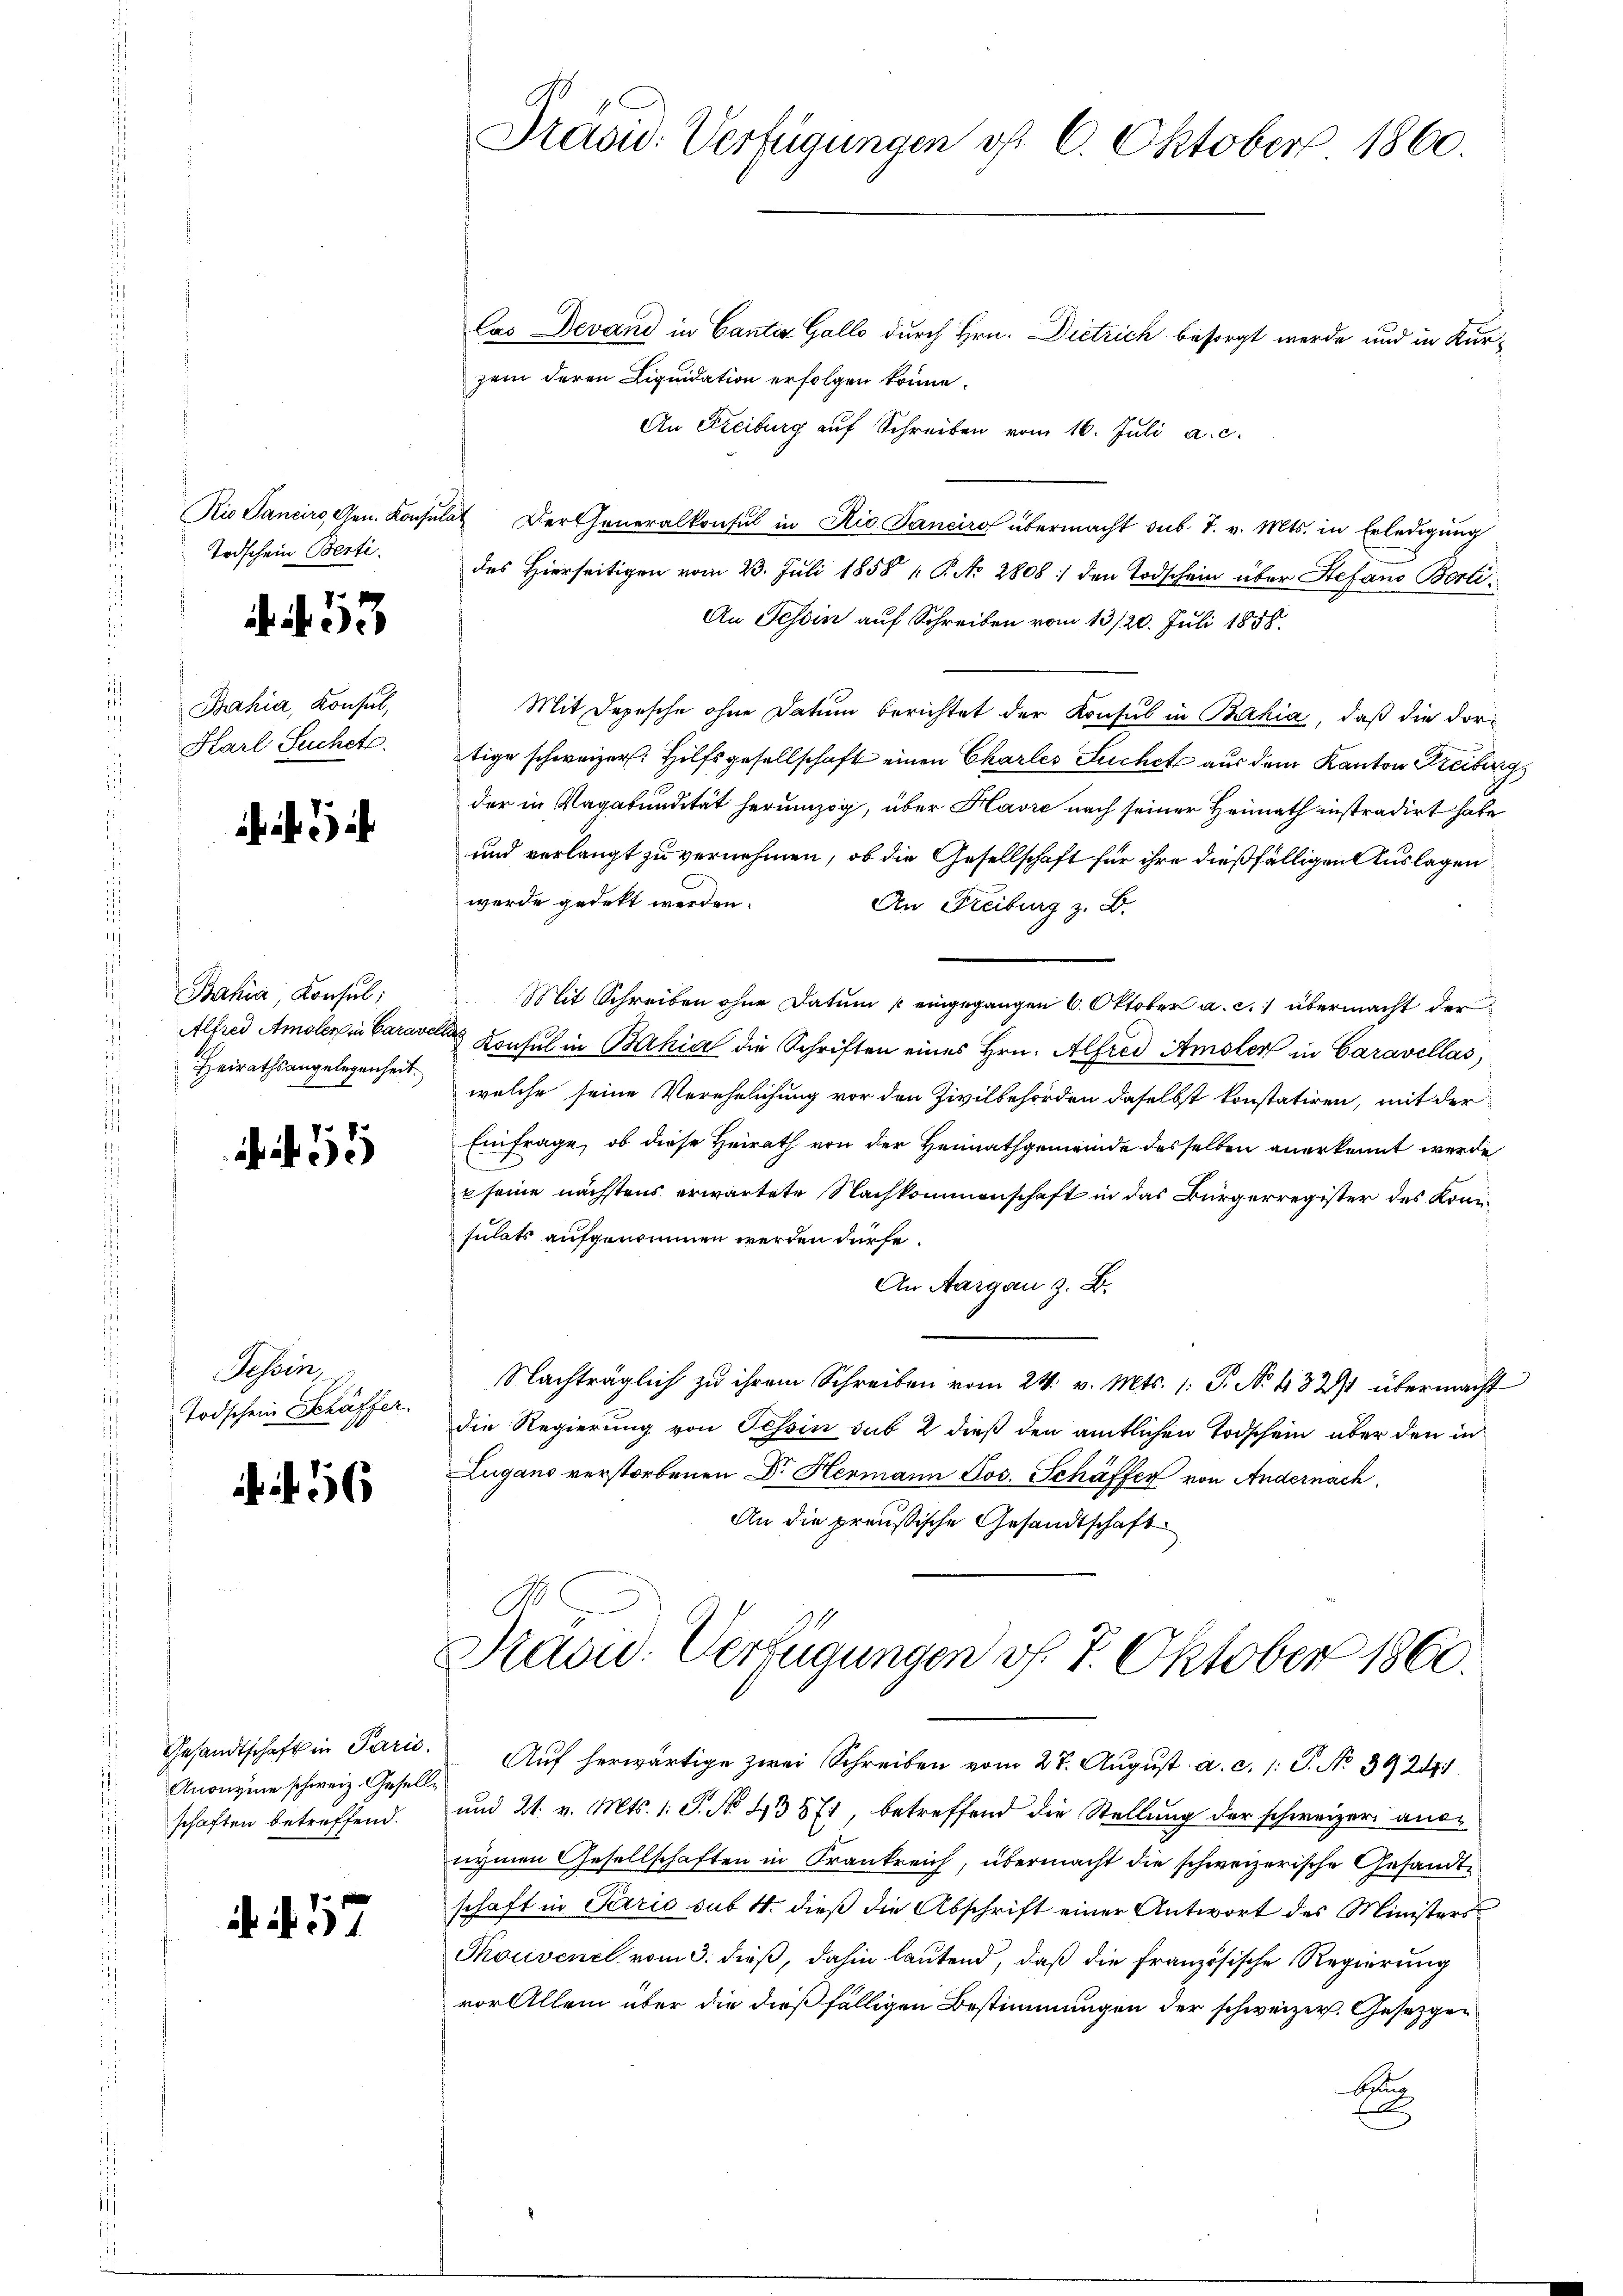
Todschein Berti.

. 53

Bahia, Konsul,
Karl Suchet

Bahia, Konsul
Alfred Amsler in Carava
Heirathsangelegenheit.
e

15

Tessin,
Todschein Schäffer.

N. 56

Anonyme schweiz. Gesellschaften betreffend.

. N. 57

Präsid. Verfügungen v. 6. Oktober 1860.

Cas Devand in Canton Gallo durch Hrn. Dietrich besorgt werde und in Kur-
zem deren Liquidation erfolgen könne.
An Freiburg auf Schreiben vom 16. Juli a.c.
Rio Sancirs, Gen. Konsulat Der Generalkonsul in Rio Janeiro übermacht sub 7. v. Mts. in Erledigung
des Hierseitigen vom 23. Juli 1858 „ P. No 2808: den Todschein über Stefand Berti¬
An Tessin auf Schreiben vom 13/20. Juli 1858.
Mit Depesche ohne Datum berichtet der Konsul in Bahia, daß die dortige schweizer. Hilfsgesellschaft einen Charles Suchet aus dem Kanton Freiburg
der in Vagabundität herumzog, über Havre nach seiner Heimath instradirt habe
und verlangt zu vernehmen, ob die Gesellschaft für ihre dießfälligen Auslagen
werde gedekt werden.
An Freiburg z. B.
Mit Schreiben ohne Datum eingegangen 6. Oktober a. c. übermacht der
das Konsul in Bahia die Schriften eines Hrn. Alfred Amsler in Caravellas
welche seine Verehelichung vor den Zivilbehörden daselbst konstatiren, mit der
Einfrage, ob diese Heirath von der Heimathgemeinde desselben anerkennt werde
 seine nächstens erwartete Nachkommenschaft in das Bürgerregister des Konsulats aufgenommen werden dürfe.
An Aargau z. B.
Nachträglich zu ihrem Schreiben vom 24. v. Mts. /: P. No. 4331 übermacht
die Regierung von Tessin sub 2 dieß den amtlichen Todschein über den in
Lugano verstorbenen Dr Hermann Jos. Schäffer von Andernach
An die preußische Gesandtschaft
A
Sadu. Verfügungen v. 7. Oktober 1860.
Gesandtschaft in Parić. Aŭf herwärtige zwei Schreiben vom 27. Aŭgŭst a. c. 1: P. No 3924.
und 21. v. Mts. 1. S. No. 43571, betreffend die Stellung der schweizer annymen Gesellschaften in Krankreich, übermacht die schweizerische Gesandtschaft in Pario sub. 4. dieß die Abschrift einer Antwort des Ministers
Thouvenel vom 3. dieß, dahin lautend, daß die französische Regierung
vor Allem über die dießfälligen Bestimmungen der schweizer. Gesetzgebse
.